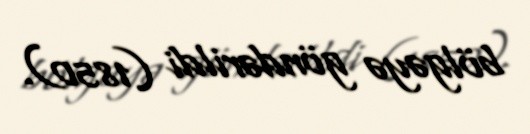
bölgəyə göndərildi (1850).